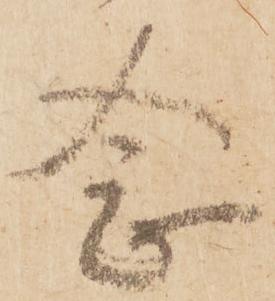
念